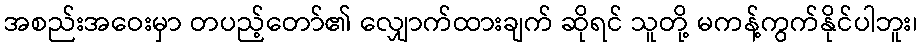
အစည်းအဝေးမှာ တပည့်တော်၏ လျှောက်ထားချက် ဆိုရင် သူတို့ မကန့်ကွက်နိုင်ပါဘူး၊